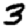
Digit: 3